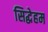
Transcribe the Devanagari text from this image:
सिद्धेहम